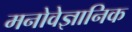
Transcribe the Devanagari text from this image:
मनोवेज्ञानिक